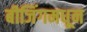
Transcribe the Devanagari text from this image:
बीजिंगमधून